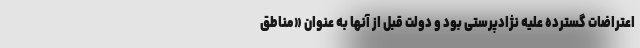
اعتراضات گسترده علیه نژادپرستی بود و دولت قبل از آنها به عنوان «مناطق